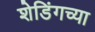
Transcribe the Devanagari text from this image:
शेडिंगच्या